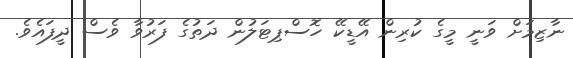
ނާޒިމަށް ވަނީ މީގެ ކުރިން އޭޑީކޭ ހޮސްޕިޓަލުން ދަތުގެ ފަރުވާ ވެސް ދީފައެވެ.